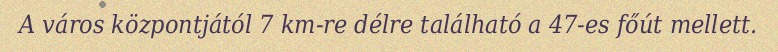
A város központjától 7 km-re délre található a 47-es főút mellett.